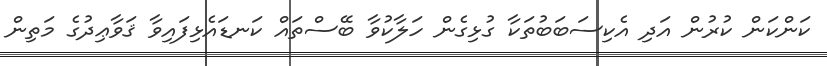
ކަންކަން ކުރުން އަދި އެކިސަބަބުތަކާ ގުޅިގެން ހަލާކުވާ ބޭސްތައް ކަނޑައެޅިފައިވާ ޤަވާޢިދުގެ މަތިން